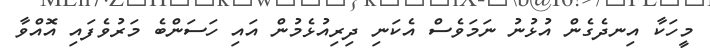
މީހަކާ އިނދެގެން އުޅުނު ނަމަވެސް އެކަނި ދިރިއުޅެމުން އައި ހަސަންބެ މަރުވެފައި އޮއްވާ